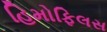
હિમોફિલસ